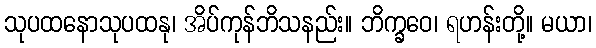
သုပထနောသုပထနု၊ အိပ်ကုန်ဘိသနည်း။ ဘိက္ခဝေ၊ ရဟန်းတို့။ မယာ၊